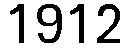
1912